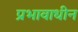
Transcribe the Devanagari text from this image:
प्रभावाधीन